Insane asylums in Bengal annual reports 1867-1875 - 1867-1875
Year: 1867
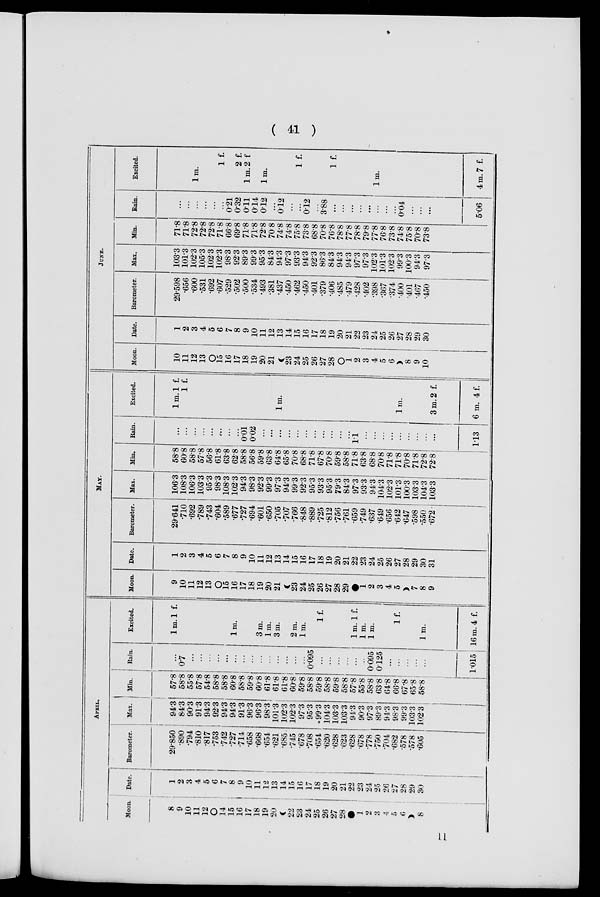
( 41 )
APRIL.
Moon.
8
9
10
11
12
O
14
15
16
17
18
19
20
22
23
24
25
26
27
28
1
2
3
4
5
6
8
Date.
1
2
3
4
5
6
7
8
9
10
11
12
13
14
15
16
17
18
19
20
21
22
23
24
25
26
27
28
29
30
Barometer.
29.850
.890
.794
.810
.817
.753
.742
.727
.714
.658
.668
.654
.621
.685.
.745
.678
.708
.654
.620
.628
.623
.628
.678
.778
.750
.704
.682
.578
.578
.605
Max.
94.3
84.3
90.3
91.3
94.3
92.3
94.3
94.3
91.3
96.3
96.3
98.3
101.3
102.3
102.3
97.3
95.3
99.3
104.3
103.3
103.3
94.3
90.3
97.3
89.3
94.3
98.3
99.3
103.3
102.3
Min.
57.8
58.8
55.8
57.8
54.8
58.8
58.8
60.8
58.8
59.8
60.8
61.8
61.8
61.8
60.8
59.8
58.8
59.8
58.8
59.8
58.8
57.8
55.8
58.8
63.8
64.8
66.8
67.8
65.8
58.8
Rain.
...
0.7
...
...
...
...
...
...
...
...
...
...
...
...
...
...
0.095
...
...
...
...
...
...
0.095
0.125
...
...
...
...
...
1.015
Excited.
1 m. 1 f.
1 m.
3 m.
1 m.
3 m.
2 m.
1 m.
1 f.
1 m. 1 f.
1 m.
1 m.
1 f.
1 m.
16 m. 4 f.
MAY.
Moon.
9
10
11
12
13
O
15
16
17
18
19
20
21
23
24
25
26
27
28
29
1
2
3
4
5
7
8
9
Date.
1
2
3
4
5
6
7
8
9
10
11
12
13
14
15
16
17
18
19
20
21
22
23
24
25
26
27
28
29
30
31
Barometer.
29.641
.710
.692
.789
.743
.604
.589
.677
.727
.694
.601
.650
.705
.707
.766
.848
.889
.725
.812
.756
.761
.659
.749
.637
.649
.656
.642
.647
.598
.550
.672
Max.
106.3
108.3
106.3
103.3
95.3
98.3
108.3
102.3
94.3
98.3
92.3
99.3
97.3
94.3
99.3
92.3
95.3
93.3
95.3
79.3
84.3
97.3
93.3
94.3
104.3
102.3
101.3
100.3
103.3
104.3
103.3
Min.
58.8
60.8
58.8
57.8
56.8
61.8
63.8
62.8
58.8
56.8
59.8
63.8
64.8
65.8
70.8
68.8
71.8
67.8
70.8
59.8
58.8
71.8
63.8
68.8
70.8
71.8
71.8
70.8
71.8
72.8
72.8
Rain.
...
...
...
...
...
...
...
...
0.01
0.02
...
...
...
...
...
...
...
...
...
...
...
1.1
...
...
...
...
...
...
...
...
...
1.13
Excited.
1 m.1 f.
1 f.
1 m.
1 m.
3 m.2 f.
6 m. 4 f.
JUNE.
Moon.
10
11
12
13
O
15
16
17
18
19
20
21
23
24
25
26
27
28
O
1
2
3
4
5
6
8
9
10
Date.
1
2
3
4
5
6
7
8
9
10
11
12
13
14
15
16
17
18
19
20
21
22
23
24
25
26
27
28
29
30
Barometer.
29.598
.656
.600
.531
.692
.607
.529
.502
.500
.534
.493
.381
.437
.450
.462
.450
.401
.379
.406
.485
.479
.428
.402
.398
.367
.374
.400
.401
.467
.450
Max.
103.3
101.3
102.3
105.3
102.3
102.3
98.3
92.3
89.3
99.3
95.3
84.3
94.3
97.3
93.3
94.3
92.3
86.3
84.3
94.3
94.3
97.3
97.3
102.3
101.3
102.3
99.3
100.3
94.3
97.3
Min.
71.8
71.8
72.8
72.8
72.8
71.8
66.8
69.8
71.8
71.8
72.8
70.8
74.8
74.8
75.8
73.8
68.8
70.8
76.8
78.8
77.8
78.8
79.8
77.8
76.8
73.8
74.8
75.8
70.8
73.8
Rain.
...
...
...
...
...
...
0.21
0.32
0.11
0.14
0.12
...
0.12
...
...
0.12
...
3.88
...
...
...
...
...
...
...
...
0.04
...
...
...
5.06
Excited.
1 m.
1 f.
2 f.
1 m.2 f
1 m.
1 f.
1 f.
1 m.
4m.7 f.
11